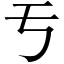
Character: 亐